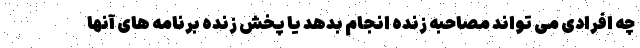
چه افرادی می تواند مصاحبه زنده انجام بدهد یا پخش زنده برنامه های آنها